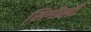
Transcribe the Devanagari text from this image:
सिगौली